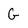
Character: G